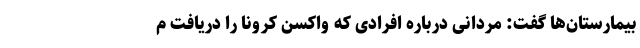
بیمارستان‌ها گفت: مردانی درباره افرادی که واکسن کرونا را دریافت م